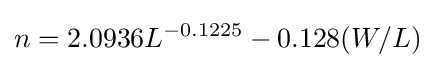
n=2.0936L^{-0.1225}-0.128(W/L)